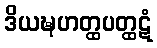
ဒိယဍ္ဎဟတ္ထပတ္ထဋံ